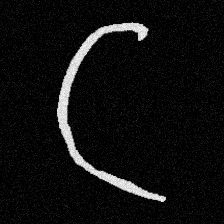
Pyu character \u2014 Myanmar letter: ဋ (romanized: tta)